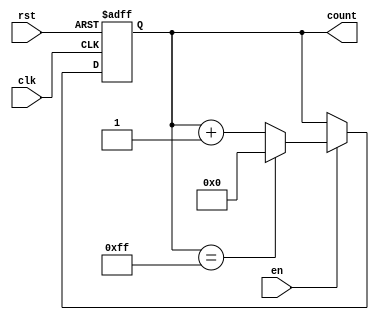
module incremental_counter #(
    parameter WIDTH = 8  // Parameter to define the bit width of the counter
) (
    input wire clk,       // Clock input
    input wire rst,       // Asynchronous reset input
    input wire en,        // Enable input to control counting
    output reg [WIDTH-1:0] count  // Output counter value
);

// Define the maximum value for the counter
localparam MAX_COUNT = (1 << WIDTH) - 1;

always @(posedge clk or posedge rst) begin
    if (rst) begin
        // Asynchronously reset the counter to 0
        count <= 0;
    end else if (en) begin
        // Increment the counter only if enable signal is high
        if (count == MAX_COUNT) begin
            count <= 0; // Wrap around logic
        end else begin
            count <= count + 1; // Increment
        end
    end
    // If neither rst nor en are asserted, count retains its current value
end

endmodule